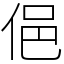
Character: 俋